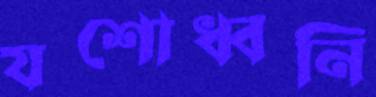
যশোধ্বনি